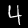
Digit: 4